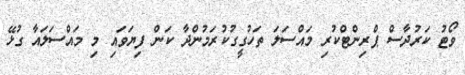
ވޯޓު ކަރުދާސް ޕްރިންޓްކުރި މައްސަލަ ތަހުގީގުކުރަމުންދާ ކަން ފިޔަވައި މި މައްސަލައާ ގުޅޭ